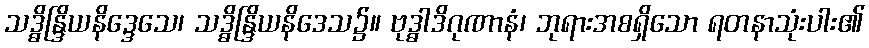
သဒ္ဓိန္ဒြိယနိဒ္ဒေသေ၊ သဒ္ဓိန္ဒြိယနိဒေသ၌။ ဗုဒ္ဓာဒိဂုဏာနံ၊ ဘုရားအစရှိသော ရတနာသုံးပါး၏